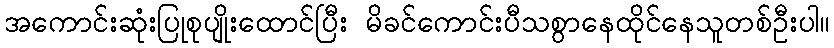
အကောင်းဆုံးပြုစုပျိုးထောင်ပြီး မိခင်ကောင်းပီသစွာနေထိုင်နေသူတစ်ဦးပါ။